Jaan_Tonisson_(Lasteleht), lk 121
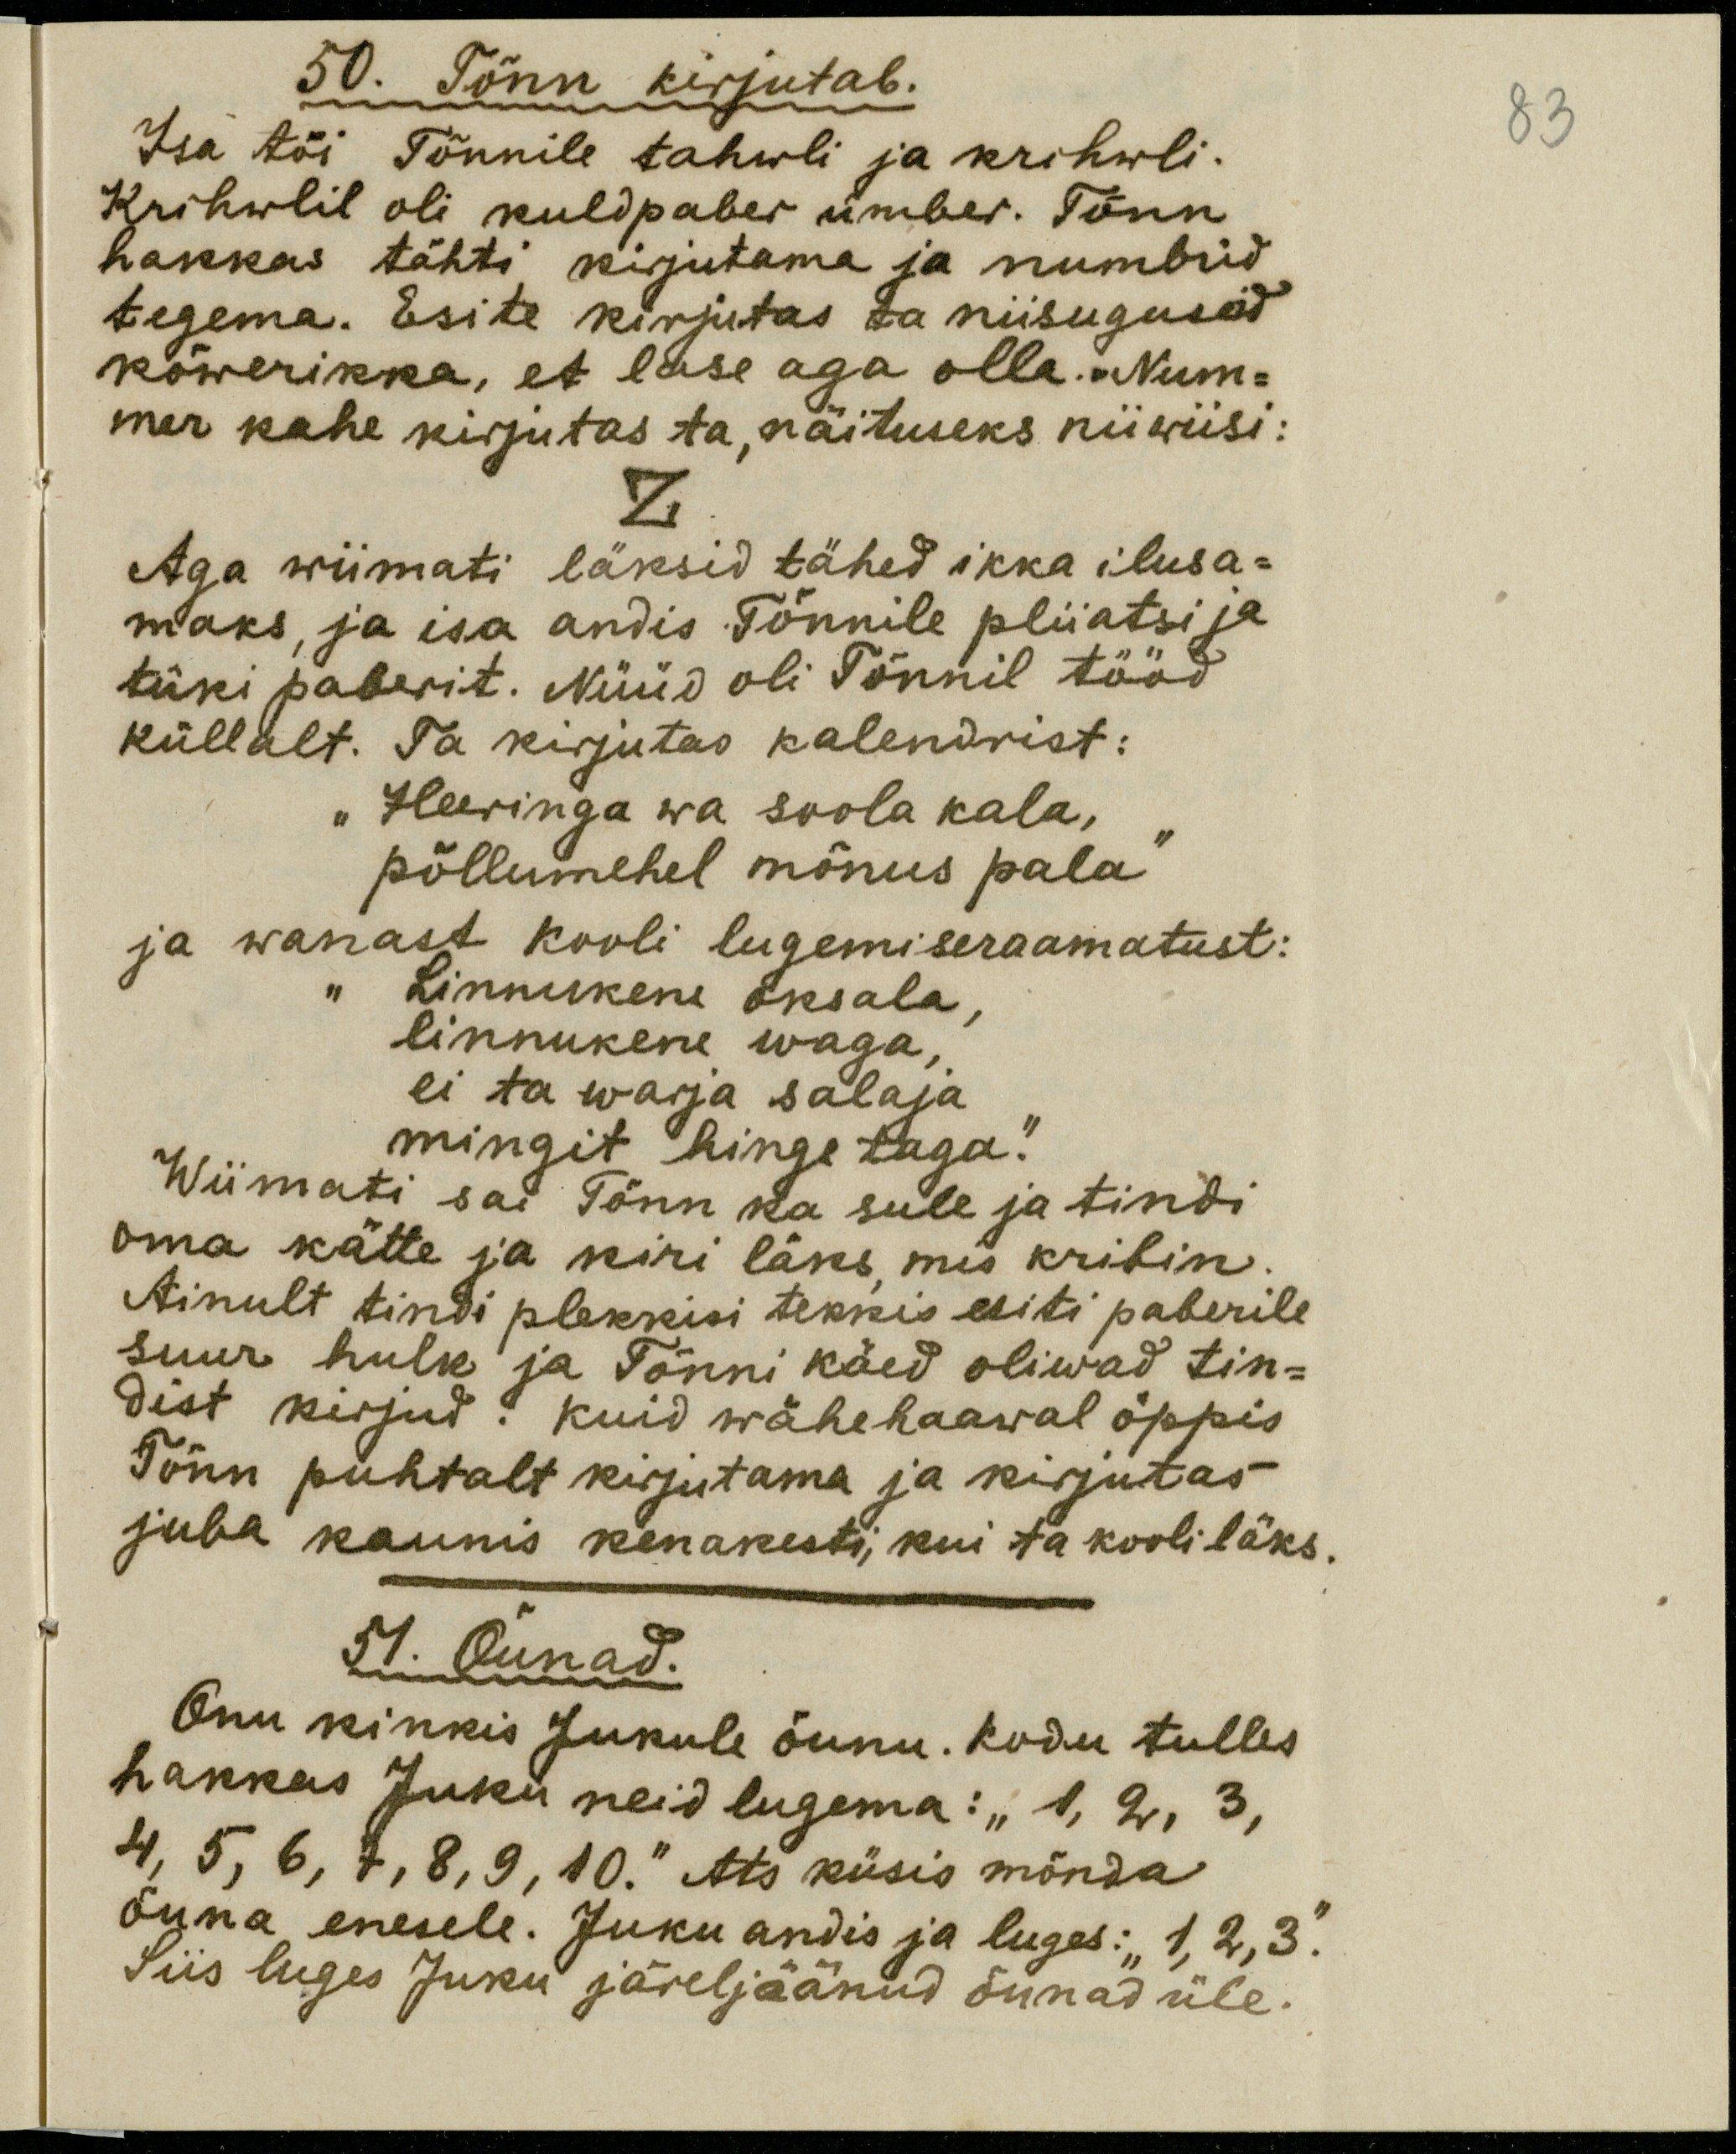
50. Tõnn kirjutab.
Isa tõi Tõnnile tahwli ja krihwli.
Krihwlil oli kuldpaber ümber. Tõnn
hakkas tähti kirjutama ja numbrid
tegema. Esite kirjutas ta niisuguseid
kõwerikka, et lase aga olla. Num-
mer kahe kirjutas ta, näituseks niiwiisi:
2
Aga wiimati läksid tähed ikka ilusa-
maks, ja isa andis Tõnnile pliiatsi ja
tüki paberit. Nüüd oli Tõnnil tööd
küllalt. Ta kirjutas kalendrist:
"Heeringa wa suola kala,
põllumehel mõnus pala"
ja wanast kooli lugemiseraamatust:
"Linnukene oksala,
linnukene waga,
ei ta warja salaja
mingit hinge taga."
Wimmati sai Tõnn ka sule ja tindi
oma kätte ja kiri läks, mis kribin.
Ainult tindi plekkisi tekkis esiti paberile
suur hulk ja Tõnni käed oliwad tin-
dist kirjud. Kuid wähehaaval öppis
Tõnn puhtalt kirjutama ja kirjutas
juba kaunis kenakesti, kui ta kooli läks.
51. Õunad.
Onu kinkis Jukule õunu. Kodu tulles
hakkas Juku neid lugema:" 1, 2, 3,
4, 5, 6, 7, 8, 9, 10." Ats küsis mõnda
õuna enesele. Juku andis ja luges:" 1, 2, 3."
Siis luges Juku järelejäänud õunad üle.
83